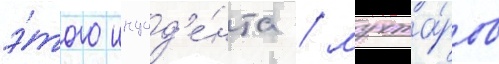
э́того инцид'е́нта / мухта́ров